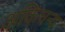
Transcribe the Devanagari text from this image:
अकिंचन्य